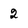
Character: 2